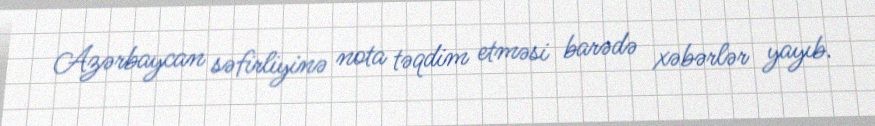
Azərbaycan səfirliyinə nota təqdim etməsi barədə xəbərlər yayıb.